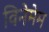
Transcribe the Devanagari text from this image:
विनेमेम